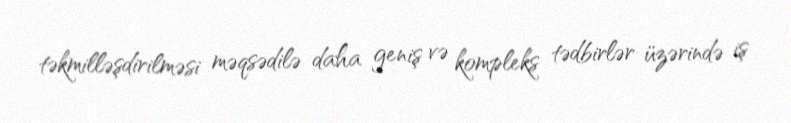
təkmilləşdirilməsi məqsədilə daha geniş və kompleks tədbirlər üzərində iş